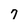
Character: 7